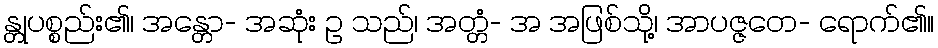
န္တုပစ္စည်း၏၊ အန္တော- အဆုံး ဥ သည်၊ အတ္တံ- အ အဖြစ်သို့၊ အာပဇ္ဇတေ- ရောက်၏။